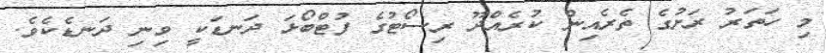
މި ހަތަރު ރަށުގެ ތެރެއިން ކުރެއްދޫ ރިސޯޓުގެ ފުޓްބޯޅަ ދަނޑަކީ ވިނި ދަނޑެކެވެ.